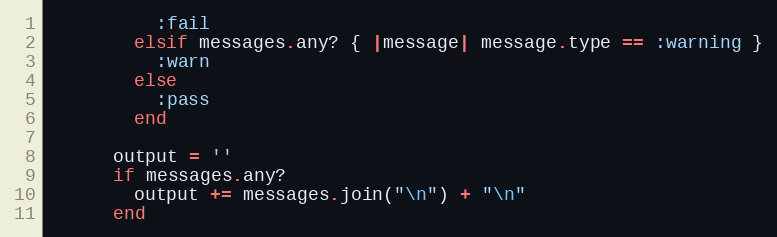
Language: Ruby
          :fail
        elsif messages.any? { |message| message.type == :warning }
          :warn
        else
          :pass
        end

      output = ''
      if messages.any?
        output += messages.join("\n") + "\n"
      end